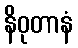
နိဝုတာနံ